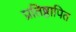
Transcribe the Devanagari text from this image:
प्रतिष्ठापित